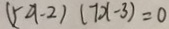
( 5 a - 2 ) ( 7 x - 3 ) = 0